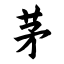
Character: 茅